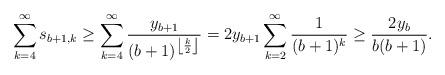
LaTeX: \begin{align*}\sum_{k=4}^\infty s_{b+1,k} \geq \sum_{k=4}^\infty \frac{y_{b+1}}{(b+1)^{\left\lfloor\frac{k}{2}\right\rfloor}} = 2y_{b+1}\sum_{k=2}^\infty \frac{1}{(b+1)^k} \geq \frac{2y_b}{b(b+1)}.\end{align*}